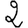
Digit: 2